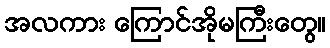
အလကား ကြောင်အိုမကြီးတွေ။